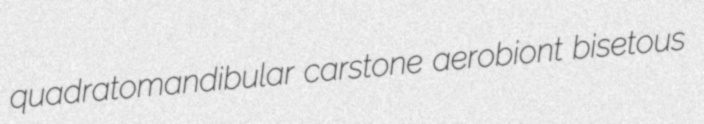
quadratomandibular carstone aerobiont bisetous